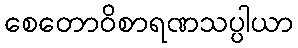
စေတောဝိစာရဏသပ္ပါယာ